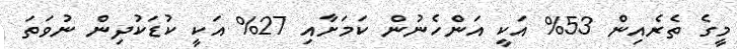
މީގެ ތެރެއިން 53% އަކީ އަންހެނުން ކަމަށާއި 27% އަކީ ކުޑަކުދިން ނުވަތަ